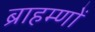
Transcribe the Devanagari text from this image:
ब्राहम्‍णों